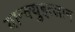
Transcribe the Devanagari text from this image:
यान्क्युइत्लान